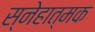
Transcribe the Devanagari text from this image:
स्नेहात्मक